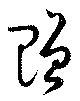
贈